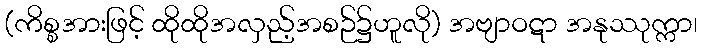
(ကိစ္စအားဖြင့် ထိုထိုအလှည့်အစဉ်၌ဟူလို) အဗျာဝဋာ အနုဿုက္ကာ၊